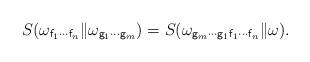
LaTeX: \begin{align*} S(\omega_{{\sf f}_1 \cdots {\sf f}_n} \| \omega_{{\sf g}_1 \cdots {\sf g}_m}) = S(\omega_{{\sf g}_m \cdots {\sf g}_1 {\sf f}_1 \cdots {\sf f}_n} \| \omega). \end{align*}